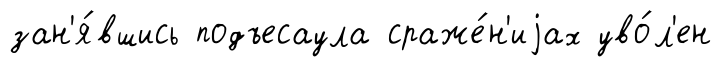
зан'я́вшись подъесаула сраже́н'иjах уво́л'ен